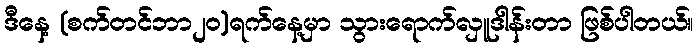
ဒီနေ့ (စက်တင်ဘာ၂၀)ရက်နေ့မှာ သွားရောက်လှူဒါန်းတာ ဖြစ်ပါတယ်။